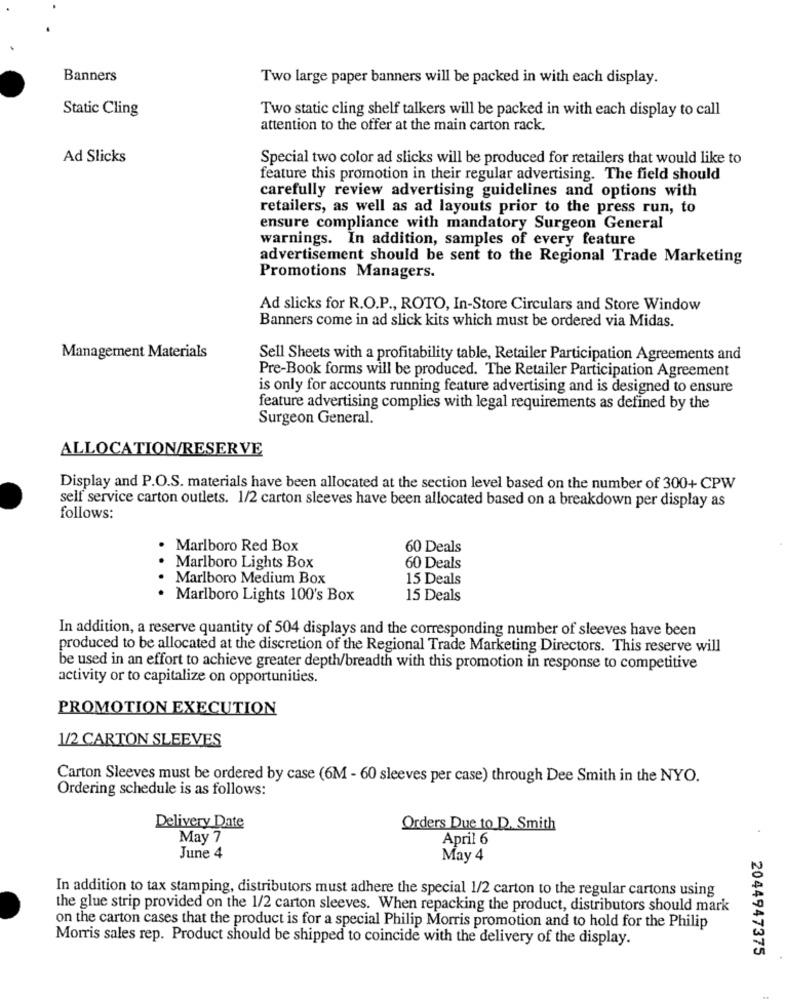
Banners
Two large paper banners will be packed in with each display.
Static Cling
Two static cling shelf talkers will be packed in with each display to call
attention to the offer at the main carton rack.
Ad Slicks
Special two color ad slicks will be produced for retailers that would like to
feature this promotion in their regular advertising. The field should
carefully review advertising guidelines and options with
retailers, as well as ad layouts prior to the press run, to
ensure compliance with mandatory Surgeon General
warnings. In addition, samples of every feature
advertisement should be sent to the Regional Trade Marketing
Promotions Managers.
Ad slicks for R.O.P ., ROTO, In-Store Circulars and Store Window
Banners come in ad slick kits which must be ordered via Midas.
Management Materials
Sell Sheets with a profitability table, Retailer Participation Agreements and
Pre-Book forms will be produced. The Retailer Participation Agreement
is only for accounts running feature advertising and is designed to ensure
feature advertising complies with legal requirements as defined by the
Surgeon General.
ALLOCATION/RESERVE
Display and P.O.S. materials have been allocated at the section level based on the number of 300+ CPW
self service carton outlets. 1/2 carton sleeves have been allocated based on a breakdown per display as
follows:
· Marlboro Red Box
60 Deals
. Marlboro Lights Box
60 Deals
. Marlboro Medium Box
15 Deals
. Marlboro Lights 100's Box
15 Deals
In addition, a reserve quantity of 504 displays and the corresponding number of sleeves have been
produced to be allocated at the discretion of the Regional Trade Marketing Directors. This reserve will
be used in an effort to achieve greater depth/breadth with this promotion in response to competitive
activity or to capitalize on opportunities.
PROMOTION EXECUTION
1/2 CARTON SLEEVES
Carton Sleeves must be ordered by case (6M - 60 sleeves per case) through Dee Smith in the NYO.
Ordering schedule is as follows:
Delivery Date
Orders Due to D. Smith
May 7
April 6
June 4
May 4
In addition to tax stamping, distributors must adhere the special 1/2 carton to the regular cartons using
the glue strip provided on the 1/2 carton sleeves. When repacking the product, distributors should mark
on the carton cases that the product is for a special Philip Morris promotion and to hold for the Philip
Morris sales rep. Product should be shipped to coincide with the delivery of the display.
2044947375